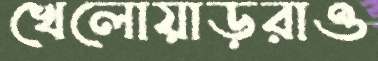
খেলোয়াড়রাও